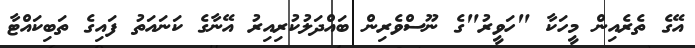
އޭގެ ތެރެއިން މީހަކާ "ހަވީރު"ގެ ނޫސްވެރިން ބައްދަލުކުރިއިރު އޭނާގެ ކަނައަތު ފައިގެ ތަބިކައްޓާ